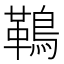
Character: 䳬